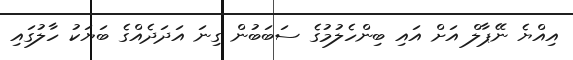
އިއްޔެ ނޭޕާލް އަށް އައި ބިންހެލުމުގެ ސަބަބުން ގިނަ އަދަދެއްގެ ބަޔަކު ހާލުގައި